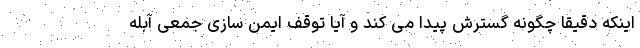
اینکه دقیقا چگونه گسترش پیدا می کند و آیا توقف ایمن سازی جمعی آبله